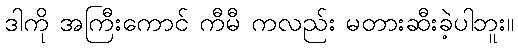
ဒါကို အကြီးကောင် ကီမီ ကလည်း မတားဆီးခဲ့ပါဘူး။